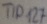
Text: TIP127